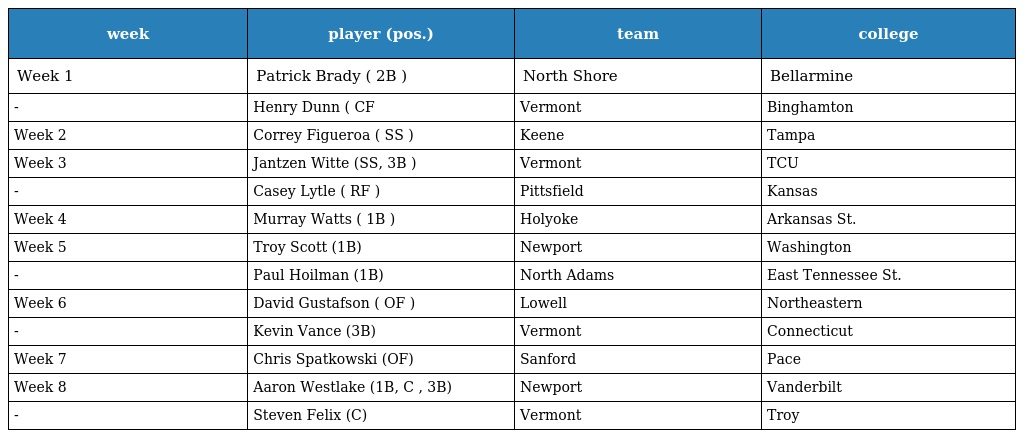
| week | player (pos.) | team | college |
 | --- | --- | --- | --- |
 | Week 1 | Patrick Brady ( 2B ) | North Shore | Bellarmine |
 | - | Henry Dunn ( CF | Vermont | Binghamton |
 | Week 2 | Correy Figueroa ( SS ) | Keene | Tampa |
 | Week 3 | Jantzen Witte (SS, 3B ) | Vermont | TCU |
 | - | Casey Lytle ( RF ) | Pittsfield | Kansas |
 | Week 4 | Murray Watts ( 1B ) | Holyoke | Arkansas St. |
 | Week 5 | Troy Scott (1B) | Newport | Washington |
 | - | Paul Hoilman (1B) | North Adams | East Tennessee St. |
 | Week 6 | David Gustafson ( OF ) | Lowell | Northeastern |
 | - | Kevin Vance (3B) | Vermont | Connecticut |
 | Week 7 | Chris Spatkowski (OF) | Sanford | Pace |
 | Week 8 | Aaron Westlake (1B, C , 3B) | Newport | Vanderbilt |
 | - | Steven Felix (C) | Vermont | Troy |